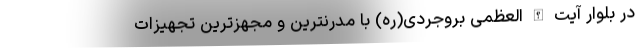
در بلوار آیت الله العظمی بروجردی(ره) با مدرنترین و مجهزترین تجهیزات